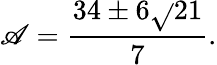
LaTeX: \mathscr{A}={\frac{{34\pm6{\sqrt{}{{21}}}}}{{7}}}.